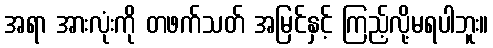
အရာ အားလုံးကို တဖက်သတ် အမြင်နှင့် ကြည့်လို့မရပါဘူး။